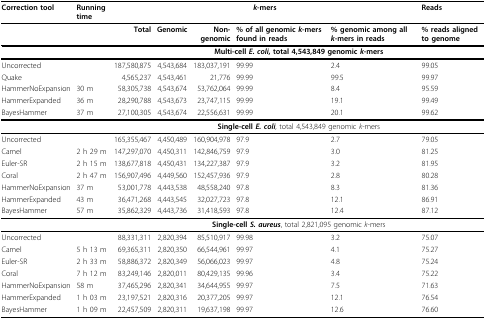
<table><thead><tr><td><b>Correction tool</b></td><td><b>Running time</b></td><td colspan="5"><b><i>k</i>-mers</b></td><td><b>Reads</b></td></tr></thead><tbody><tr><td></td><td></td><td><b>Total</b></td><td><b>Genomic</b></td><td><b>Non-genomic</b></td><td><b>% of all genomic <i>k</i>-mers found in reads</b></td><td><b>% genomic among all <i>k</i>-mers in reads</b></td><td><b>% reads aligned to genome</b></td></tr><tr><td></td><td></td><td colspan="6"><b>Multi-cell <i>E. coli</i></b>, total 4,543,849 genomic <i>k</i>-mers</td></tr><tr><td>Uncorrected</td><td></td><td>187,580,875</td><td>4,543,684</td><td>183,037,191</td><td>99.99</td><td>2.4</td><td>99.05</td></tr><tr><td>Quake</td><td></td><td>4,565,237</td><td>4,543,461</td><td>21,776</td><td>99.99</td><td>99.5</td><td>99.97</td></tr><tr><td>HammerNoExpansion</td><td>30 m</td><td>58,305,738</td><td>4,543,674</td><td>53,762,064</td><td>99.99</td><td>8.4</td><td>95.59</td></tr><tr><td>HammerExpanded</td><td>36 m</td><td>28,290,788</td><td>4,543,673</td><td>23,747,115</td><td>99.99</td><td>19.1</td><td>99.49</td></tr><tr><td>BayesHammer</td><td>37 m</td><td>27,100,305</td><td>4,543,674</td><td>22,556,631</td><td>99.99</td><td>20.1</td><td>99.62</td></tr><tr><td></td><td></td><td colspan="6"><b>Single-cell <i>E. coli</i></b>, total 4,543,849 genomic <i>k</i>-mers</td></tr><tr><td>Uncorrected</td><td></td><td>165,355,467</td><td>4,450,489</td><td>160,904,978</td><td>97.9</td><td>2.7</td><td>79.05</td></tr><tr><td>Camel</td><td>2 h 29 m</td><td>147,297,070</td><td>4,450,311</td><td>142,846,759</td><td>97.9</td><td>3.0</td><td>81.25</td></tr><tr><td>Euler-SR</td><td>2 h 15 m</td><td>138,677,818</td><td>4,450,431</td><td>134,227,387</td><td>97.9</td><td>3.2</td><td>81.95</td></tr><tr><td>Coral</td><td>2 h 47 m</td><td>156,907,496</td><td>4,449,560</td><td>152,457,936</td><td>97.9</td><td>2.8</td><td>80.28</td></tr><tr><td>HammerNoExpansion</td><td>37 m</td><td>53,001,778</td><td>4,443,538</td><td>48,558,240</td><td>97.8</td><td>8.3</td><td>81.36</td></tr><tr><td>HammerExpanded</td><td>43 m</td><td>36,471,268</td><td>4,443,545</td><td>32,027,723</td><td>97.8</td><td>12.1</td><td>86.91</td></tr><tr><td>BayesHammer</td><td>57 m</td><td>35,862,329</td><td>4,443,736</td><td>31,418,593</td><td>97.8</td><td>12.4</td><td>87.12</td></tr><tr><td></td><td></td><td colspan="6"><b>Single-cell <i>S. aureus</i></b>, total 2,821,095 genomic <i>k</i>-mers</td></tr><tr><td>Uncorrected</td><td></td><td>88,331,311</td><td>2,820,394</td><td>85,510,917</td><td>99.98</td><td>3.2</td><td>75.07</td></tr><tr><td>Camel</td><td>5 h 13 m</td><td>69,365,311</td><td>2,820,350</td><td>66,544,961</td><td>99.97</td><td>4.1</td><td>75.27</td></tr><tr><td>Euler-SR</td><td>2 h 33 m</td><td>58,886,372</td><td>2,820,349</td><td>56,066,023</td><td>99.97</td><td>4.8</td><td>75.24</td></tr><tr><td>Coral</td><td>7 h 12 m</td><td>83,249,146</td><td>2,820,011</td><td>80,429,135</td><td>99.96</td><td>3.4</td><td>75.22</td></tr><tr><td>HammerNoExpansion</td><td>58 m</td><td>37,465,296</td><td>2,820,341</td><td>34,644,955</td><td>99.97</td><td>7.5</td><td>71.63</td></tr><tr><td>HammerExpanded</td><td>1 h 03 m</td><td>23,197,521</td><td>2,820,316</td><td>20,377,205</td><td>99.97</td><td>12.1</td><td>76.54</td></tr><tr><td>BayesHammer</td><td>1 h 09 m</td><td>22,457,509</td><td>2,820,311</td><td>19,637,198</td><td>99.97</td><td>12.6</td><td>76.60</td></tr></tbody></table>